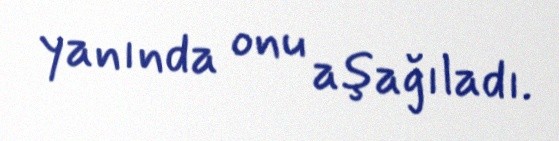
yanında onu aşağıladı.